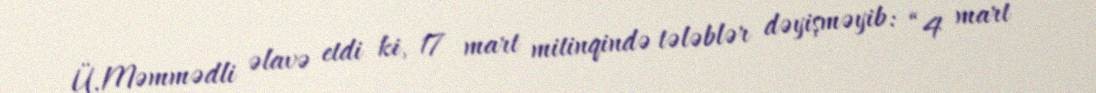
Ü.Məmmədli əlavə etdi ki, 17 mart mitinqində tələblər dəyişməyib: “4 mart